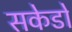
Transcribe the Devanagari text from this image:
सकेडो